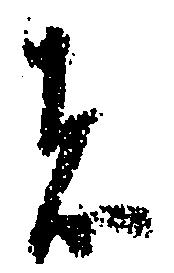
者